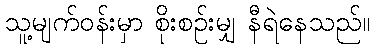
သူ့မျက်ဝန်းမှာ စိုးစဉ်းမျှ နီရဲနေသည်။